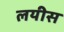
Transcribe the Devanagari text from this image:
लयीस